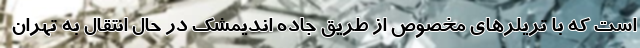
است که با تریلرهای مخصوص از طریق جاده اندیمشک در حال انتقال به تهران